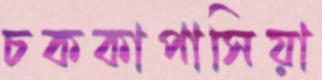
চককাপাসিয়া